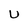
Character: u